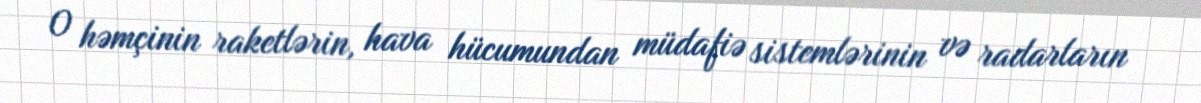
O həmçinin raketlərin, hava hücumundan müdafiə sistemlərinin və radarların